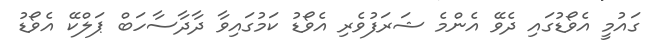
ގައުމީ އެވޯޑުގައި ދެވޭ އެންމެ ޝަރަފުވެރި އެވޯޑު ކަމުގައިވާ ދާދާސާހަބް ޕަލްކޭ އެވޯޑު